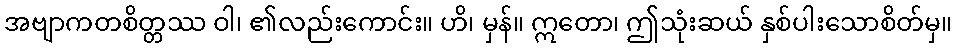
အဗျာကတစိတ္တဿ ဝါ၊ ၏လည်းကောင်း။ ဟိ၊ မှန်။ ဣတော၊ ဤသုံးဆယ် နှစ်ပါးသောစိတ်မှ။